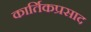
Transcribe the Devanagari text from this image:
कार्तिकप्रसाद